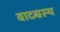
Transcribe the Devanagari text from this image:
वादग्रस्थ